Annual report on the Civil Veterinary Department, Burma (including the Insein Veterinary School) - 1910-1922
Year: 1910
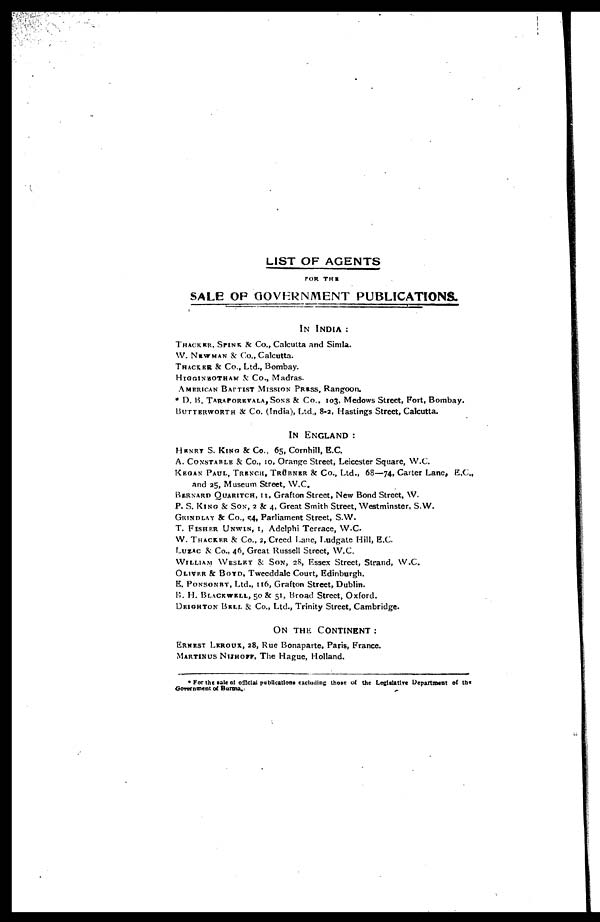
LIST OF AGENTS
FOR THE
SALE OF GOVERNMENT PUBLICATIONS.
IN INDIA:
THACKER, SPINK & CO., Calcutta and Simla.
W. NEWMAN & Co., Calcutta.
THACKER & Co., Ltd., Bombay.
HIGGINBOTHAM & Co., Madras.
AMERICAN BAPTIST MISSION PRESS, Rangoon.
* D. B. TARAPOREVALA, SONS & Co., 103, Medows Street, Fort, Bombay.
BUTTERWORTH & Co. (India), Ltd., 8.2, Hastings Street, Calcutta.
IN ENGLAND:
HENRY S. KING & Co., 65, Cornhill, E.C.
A. CONSTABLE & Co., 10, Orange Street, Leicester Square, W.C.
KEGAN PAUL, TRENCH, TRÜBNER & Co., Ltd., 68—74, Carter Lane, E.G.,
and 35, Museum Street, W.C.
BERNARD QUARITCH, 11, Grafton Street, New Bond Street, W.
P. S. KING & SON, 2 & 4, Great Smith Street, Westminster, S.W.
GRINDLAY & Co., 54, Parliament Street, S.W.
T. FISHER UNWIN, 1, Adelphi Terrace, W.C.
W. THACKER & Co., 2, Creed Lane, Ludgate Hill, E.C.
LUZAC & Co., 46, Great Russell Street, W.C.
WILLIAM WESLEY & SON, 28, Essex Street, Strand, W.C.
OLIVER & BOYD, Tweeddale Court, Edinburgh.
E. PONSONBY, Ltd., 116, Grafton Street, Dublin.
B. H. BLACKWELL, 50 & 51, Broad Street, Oxford.
DRIGHTON BELL & Co., Ltd., Trinity Street, Cambridge.
ON THE CONTINENT:
ERNEST LEROUX, 28, Rue Bonaparte, Paris, France.
MARTINUS NIJHOFF, The Hague, Holland.
* For the sale of official publications excluding those of the Legistative Department of the
Government of Burma.